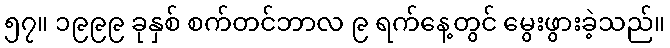
၅၇။ ၁၉၉၉ ခုနှစ် စက်တင်ဘာလ ၉ ရက်နေ့တွင် မွေးဖွားခဲ့သည်။